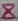
Text: 8